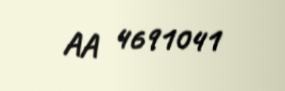
AA 4691041